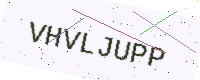
Text: VHVLJUPP